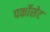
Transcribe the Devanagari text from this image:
पर्कोसेट